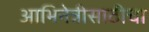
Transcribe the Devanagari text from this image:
आभिनेत्रीसाठीचा